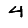
Digit: 4